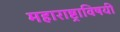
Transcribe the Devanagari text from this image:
महाराष्ट्राविषयी